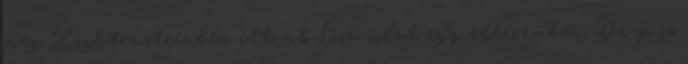
meg Lichtensteinben ittunk Coca-colát egy étteremben. De jó is